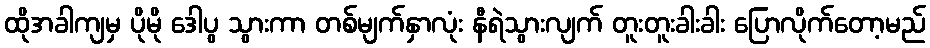
ထိုအခါကျမှ ပိုမို ဒေါပွ သွားကာ တစ်မျက်နှာလုံး နီရဲသွားလျက် တူးတူးခါးခါး ပြောလိုက်တော့မည်